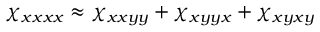
\chi _ { x x x x } \approx \chi _ { x x y y } + \chi _ { x y y x } + \chi _ { x y x y }